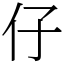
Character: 仔